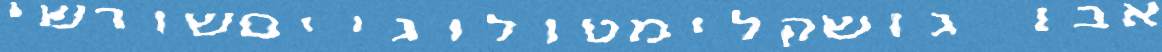
אבו גושקלימטולוגייםשורשי